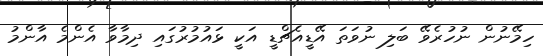
ހިމޭނުން ނުހުރެވޭ ބަލި ނުވަތަ އޭޑީއެޗްޑީ އަކީ ޅައުމުރުގައި ދިމާވާ އެންމެ އާންމު